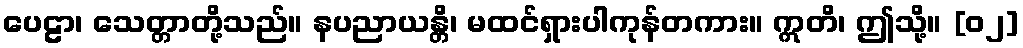
ပေဠာ၊ သေတ္တာတို့သည်။ နပညာယန္တိ၊ မထင်ရှားပါကုန်တကား။ ဣတိ၊ ဤသို့။ [၀၂]